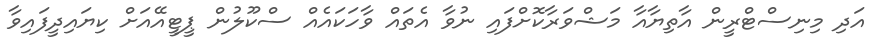
އަދި މިނިސްޓްރީން އާތިޔާއާ މަޝްވަރާކޮށްފައި ނުވާ އެތައް ވާހަކައެއް ސްކޫލުން ޕީޓީއޭއަށް ކިޔައިދީފައިވާ